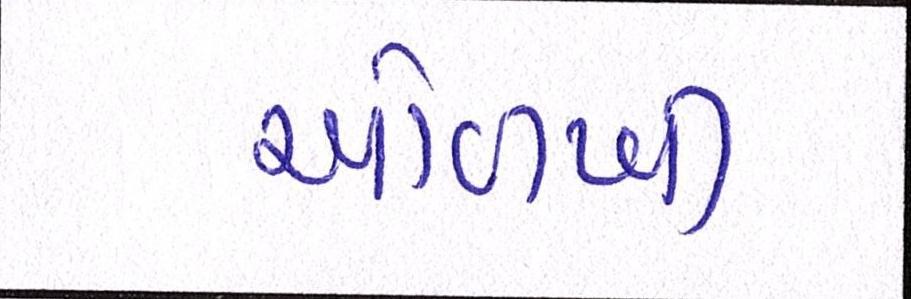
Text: ઓળખી